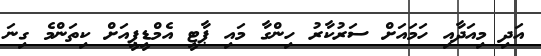
އަދި މިއަދާއި ހަމައަށް ސަރުކާރު ހިންގާ މައި ޕާޓީ އެމްޑީޕީއަށް ކިތަންމެ ގިނަ